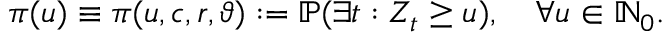
\pi ( u ) \equiv \pi ( u , c , r , \vartheta ) : = \mathbb { P } ( \exists t : Z _ { t } \geq u ) , \quad \forall u \in \mathbb { N } _ { 0 } .